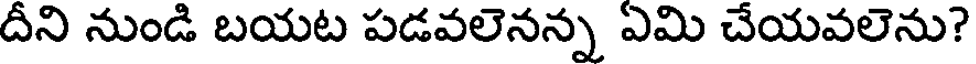
దీని నుండి బయట పడవలెనన్న ఏమి చేయవలెను?